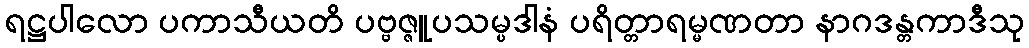
ရဋ္ဌပါလော ပကာသီယတိ ပဗ္ဗဇ္ဇူပသမ္ပဒါနံ ပရိတ္တာရမ္မဏတာ နာဂဒန္တကာဒီသု